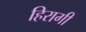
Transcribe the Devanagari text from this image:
हिरागी